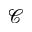
\mathcal { C }